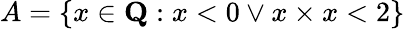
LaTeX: A=\{ x\in{\textbf{Q}}:x<0\lor x\times x<2\}